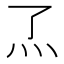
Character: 𬼹